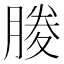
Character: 𭩃